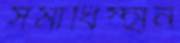
সমাধিস্হান